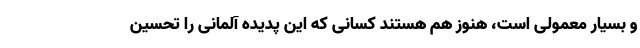
و بسیار معمولی است، هنوز هم هستند کسانی که این پدیده آلمانی را تحسین